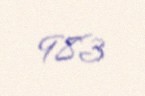
983